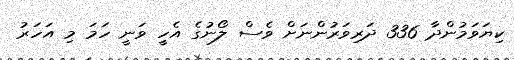
ކިޔަވަމުންދާ 336 ދަރިވަރުންނަށް ވެސް ލޯނުގެ އެހީ ވަނީ ހަމަ މި އަހަރު